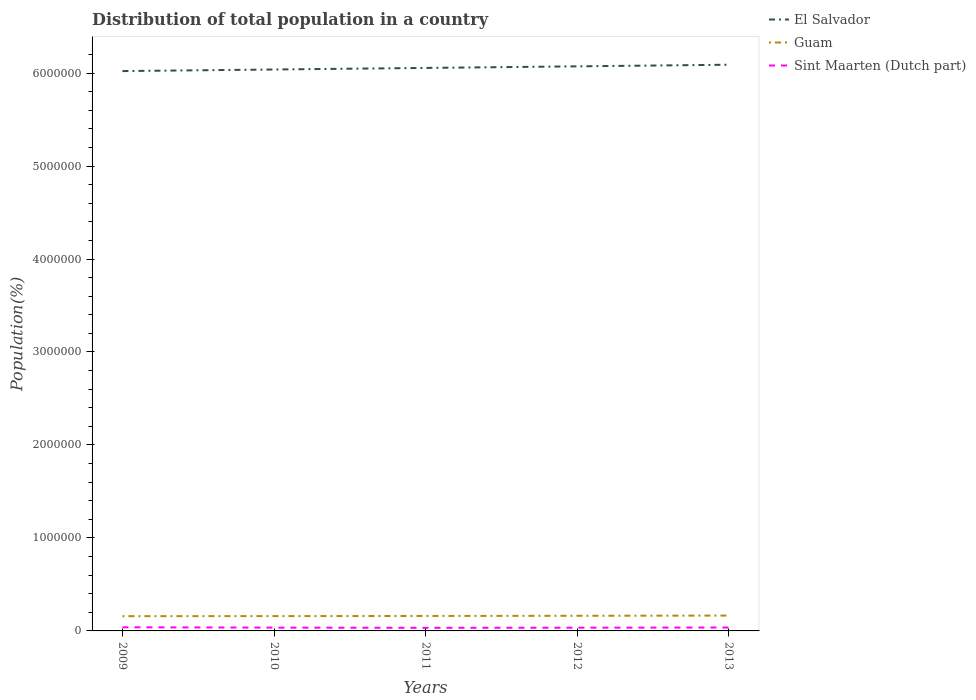
| Years | El Salvador | Guam | Sint Maarten (Dutch part) |
 | --- | --- | --- | --- |
 | 2009 | 6.02e+06 | 1.59e+05 | 3.91e+04 |
 | 2010 | 6.04e+06 | 1.59e+05 | 3.55e+04 |
 | 2011 | 6.06e+06 | 1.61e+05 | 3.34e+04 |
 | 2012 | 6.07e+06 | 1.63e+05 | 3.46e+04 |
 | 2013 | 6.09e+06 | 1.65e+05 | 3.66e+04 |